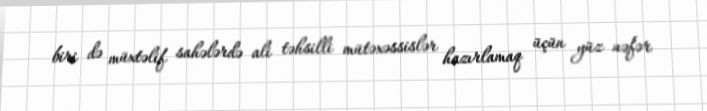
biri də müxtəlif sahələrdə ali təhsilli mütəxəssislər hazırlamaq üçün yüz nəfər